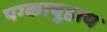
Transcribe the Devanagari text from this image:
पग्काबुहाय